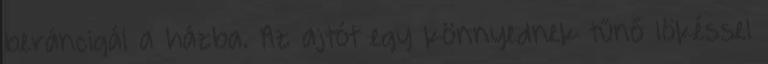
beráncigál a házba. Az ajtót egy könnyednek tűnő lökéssel